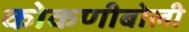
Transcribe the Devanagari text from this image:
कोकणीबोली